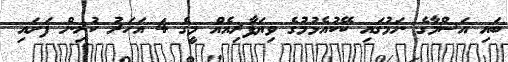
ބައި އަސްމާގެ ނަމުގައި ކޭކުއެޅުމުގެ ވިޔަފާރިއެއް މީގެ 4 އަހަރު ކުރިން ފަށައި